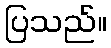
ပြသည်။